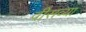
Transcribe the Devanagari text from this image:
वीसव्या